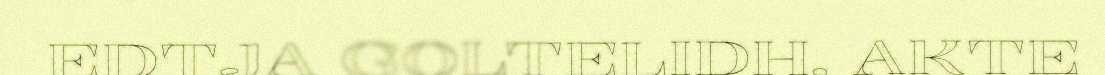
EDTJA GOLTELIDH, AKTE